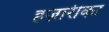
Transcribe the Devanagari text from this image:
हज़ारीका